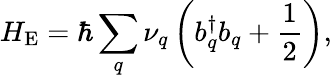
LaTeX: H_{\mathrm{E}}=\hbar\sum_{q}\nu_{q}\left(b_{q}^{\dagger}b_{q}+\frac{1}{2}\right),